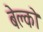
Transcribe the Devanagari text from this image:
बेल्को